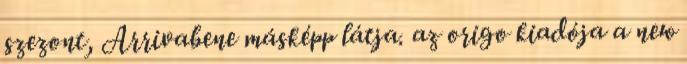
szezont, Arrivabene másképp látja. az origo kiadója a new